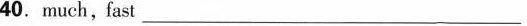
40. much,fast ___